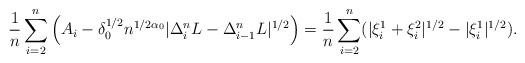
LaTeX: \begin{align*} \frac{1}{n} \sum_{i=2}^n \left( A_i - \delta_0^{1/2} n^{1/ 2\alpha_0} |\Delta_i^n L - \Delta_{i-1}^n L|^{1/2} \right)=\frac{1}{n} \sum_{i=2}^n( | \xi^1_i + \xi^2_i |^{1/2} - | \xi^1_i |^{1/2}).\end{align*}